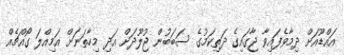
އައްޑޫއަށް ދިމާވެފައިވާ ޖާގައިގެ ދަތިކަމުގެ ސަބަބުން ޖުލޫދަށް އަދި މިހާތަނަށް އަމިއްލަ ގޯއްޗެއް